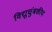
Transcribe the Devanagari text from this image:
विद्युचुंबकीय